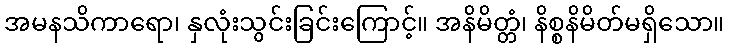
အမနသိကာရော၊ နှလုံးသွင်းခြင်းကြောင့်။ အနိမိတ္တံ၊ နိစ္စနိမိတ်မရှိသော။